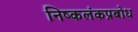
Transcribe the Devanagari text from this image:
निष्कलंकप्रबोध